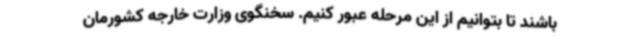
باشند تا بتوانیم از این مرحله عبور کنیم. سخنگوی وزارت خارجه کشورمان